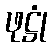
ဖုဋ္ဌုံ